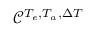
\mathcal { C } ^ { { T _ { e } } , { T _ { a } } , { \Delta T } }